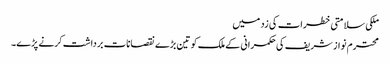
ملکی سلامتی خطرات کی زد میں
محترم نواز شریف کی حکمرانی کے ملک کو تین بڑے نقصانات برداشت کرنے پڑے۔